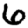
Digit: 6